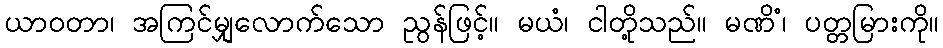
ယာဝတာ၊ အကြင်မျှလောက်သော ညွန်ဖြင့်။ မယံ၊ ငါတို့သည်။ မဏိံ၊ ပတ္တမြားကို။